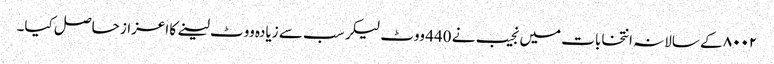
۸۰۰۲ کے سالانہ انتخابات میں نجیب نے 440 ووٹ لیکر سب سے زیادہ ووٹ لینے کا اعزاز حاصل کیا۔